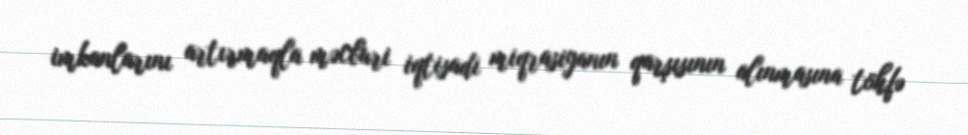
imkanlarını artırmaqla məcburi iqtisadi miqrasiyanın qarşısının alınmasına töhfə